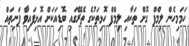
ހަމަމިހެން ލިމްފް ގޮށް ތަކާއި ލިމްފް ހޮޅިތަކުގެ ތެރޭގައި ބޮޑިއަކަށް އޮޅިފައިވާ ފަނިތައް